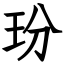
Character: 玢